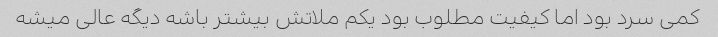
کمی سرد بود اما کیفیت مطلوب بود یکم ملاتش بیشتر باشه دیگه عالی میشه